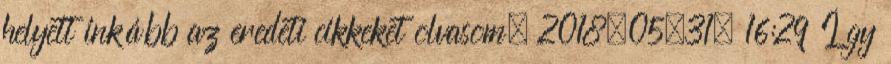
helyett inkább az eredeti cikkeket olvasom. 2018.05.31. 16:29 Így